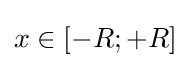
x\in [-R;+R]\!